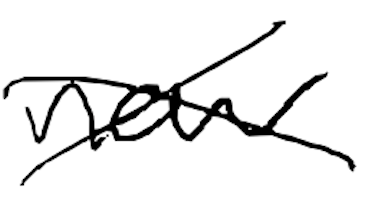
Text: new
Cross-out: mix
Writing tool: digital_black